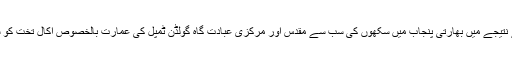
اس فوجی آپریشن کے نتیجے میں بھارتی پنجاب میں سکھوں کی سب سے مقدس اور مرکزی عبادت گاہ گولڈن ٹمپل کی عمارت بالخصوص اکال تخت کو شدید نقصان پہنچا تھا۔